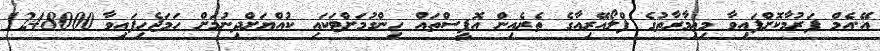
އޭ.އެމް ފަރުމާކޮށްފައިވާ މިޢިމާރާތުގެ ފްލޯއޭރިއާގެ ތެރެއިން އޮފީސްތައް ހިންގުމަށްޓަކައި ކުއްޔަށްދިނުމަށް ހަމަޖެހިފައިވާ 1248000